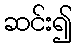
ဆင်း၍